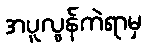
အပူလွန်ကဲရာမှ